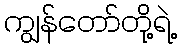
ကျွန်တော်တို့ရဲ့